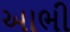
આભી